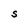
Character: S